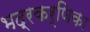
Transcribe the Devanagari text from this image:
भद्रकर्णिका